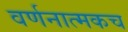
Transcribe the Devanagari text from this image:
वर्णनात्मकच